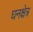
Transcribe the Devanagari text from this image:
घनक्षेत्र